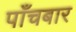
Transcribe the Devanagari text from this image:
पाँचबार